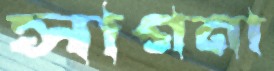
সাগনা